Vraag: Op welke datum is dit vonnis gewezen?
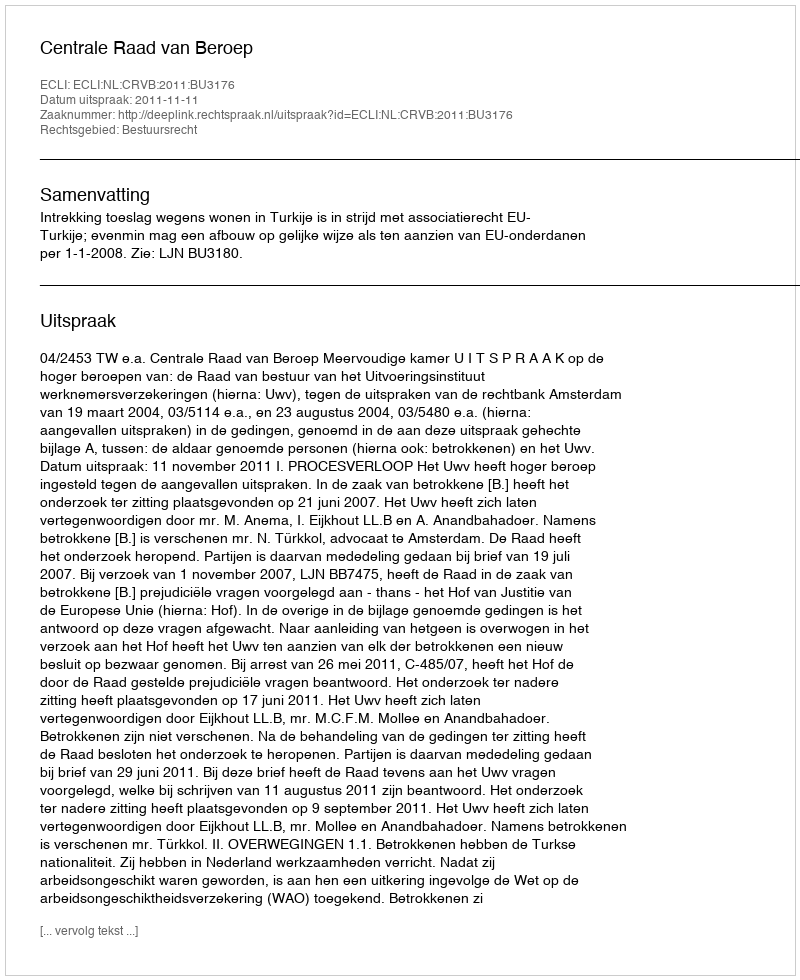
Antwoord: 2011-11-11